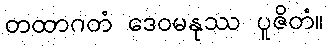
တထာဂတံ ဒေဝမနုဿ ပူဇိတံ။